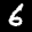
Label: 6